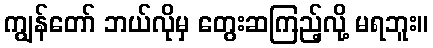
ကျွန်တော် ဘယ်လိုမှ တွေးဆကြည့်လို့ မရဘူး။